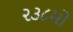
૨૩૮મો